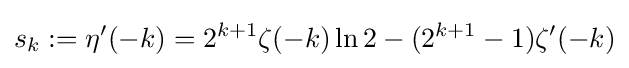
s_{k}:=\eta '(-k)=2^{k+1}\zeta (-k)\ln 2-(2^{k+1}-1)\zeta '(-k)